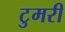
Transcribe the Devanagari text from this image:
टुमरी